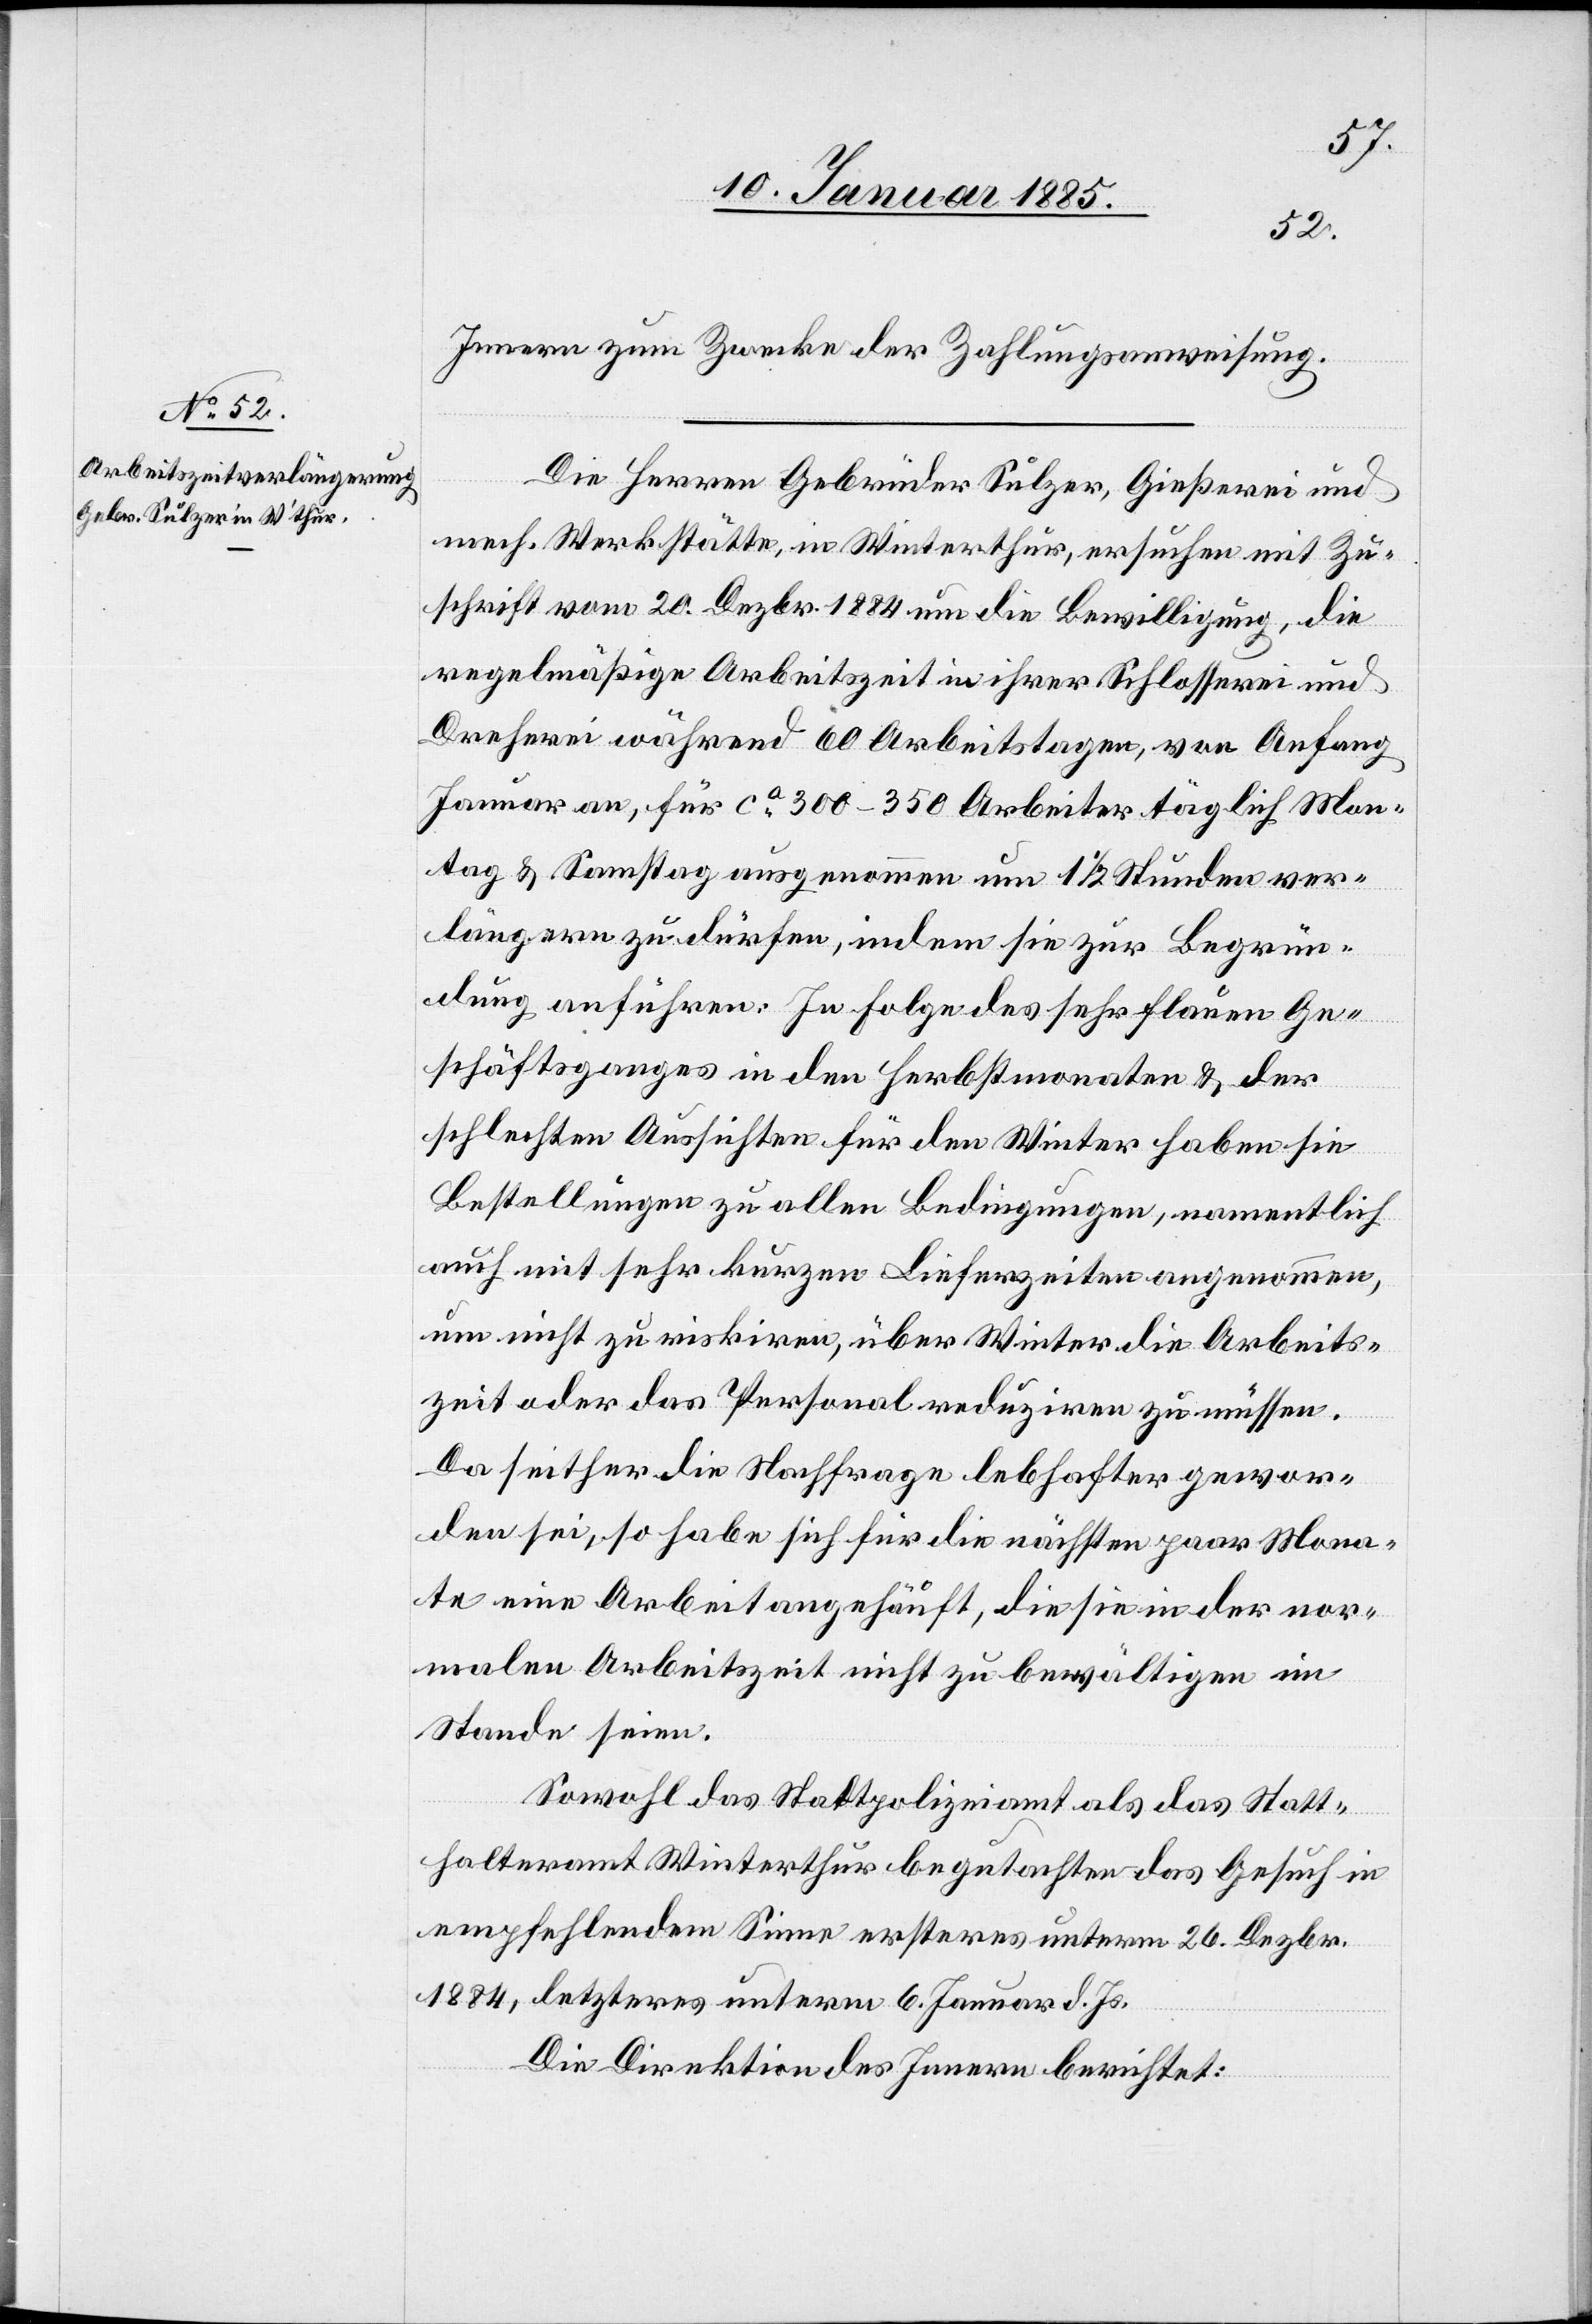
Innern zum Zwecke der Zahlungsanweisung.
Die Herren Gebrüder Sulzer, Gießerei und
mech. Werkstätte, in Winterthur, ersuchen mit Zu¬
schrift vom 20. Dezbr. 1884 um die Bewilligung, die
regelmäßige Arbeitszeit in ihrer Schlosserei und
Dreherei während 60 Arbeitstagen, von Anfang
Januar an, für ca 300–350 Arbeiter täglich Mon¬
tag & Samstag ausgenommen um 1 1/2 Stunden ver¬
längern zu dürfen, indem sie zur Begrün¬
dung anführen: In Folge des sehr flauen Ge¬
schäftsganges in den Herbstmonaten & der
schlechten Aussichten für den Winter haben sie
Bestellungen zu allen Bedingungen, namentlich
auch mit sehr kurzen Lieferzeiten angenommen,
um nicht zu riskiren, über Winter die Arbeits¬
zeit oder das Personal reduziren zu müssen.
Da seither die Nachfrage lebhafter gewor¬
den sei, so habe sich für die nächsten paar Mona¬
te eine Arbeit angehäuft, die sie in der nor¬
malen Arbeitszeit nicht zu bewältigen im
Stande seien.
Sowohl das Stadtpolizeiamt als das Statt¬
halteramt Winterthur begutachten das Gesuch in
empfehlenden Sinne ersteres unterm 26. Dezbr.
1884, letzteres unterm 6. Januar d. Js.
Die Direktion des Innern berichtet: